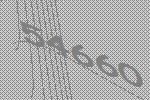
54660